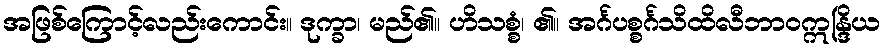
အဖြစ်ကြောင့်လည်းကောင်း။ ဒုက္ခာ၊ မည်၏။ ဟိသစ္စံ၊ ၏။ အင်္ဂပစ္စင်္ဂသိထိလီဘာဝဣန္ဒြိယ